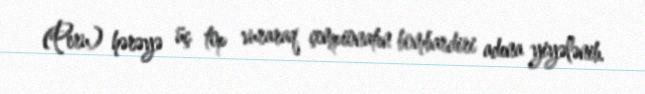
(Peru) hərəyə üç top vuraraq çempionatın bombardiri adına yiyələnib.